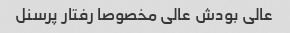
عالی بودش عالی مخصوصا رفتار پرسنل